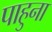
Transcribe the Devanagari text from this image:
पाहुना